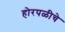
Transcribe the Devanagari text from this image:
होरपळीचे